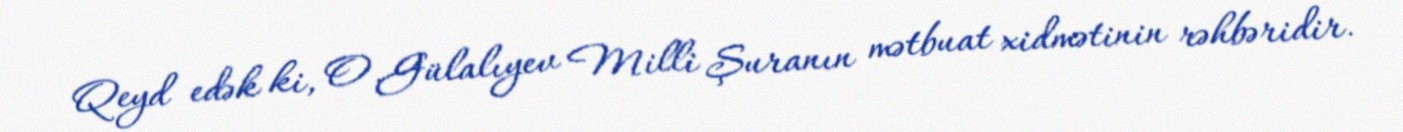
Qeyd edək ki, O.Gülalıyev Milli Şuranın mətbuat xidmətinin rəhbəridir.